Vaccination in the Punjab 1919-1929 - 1919-1929
Year: 1919
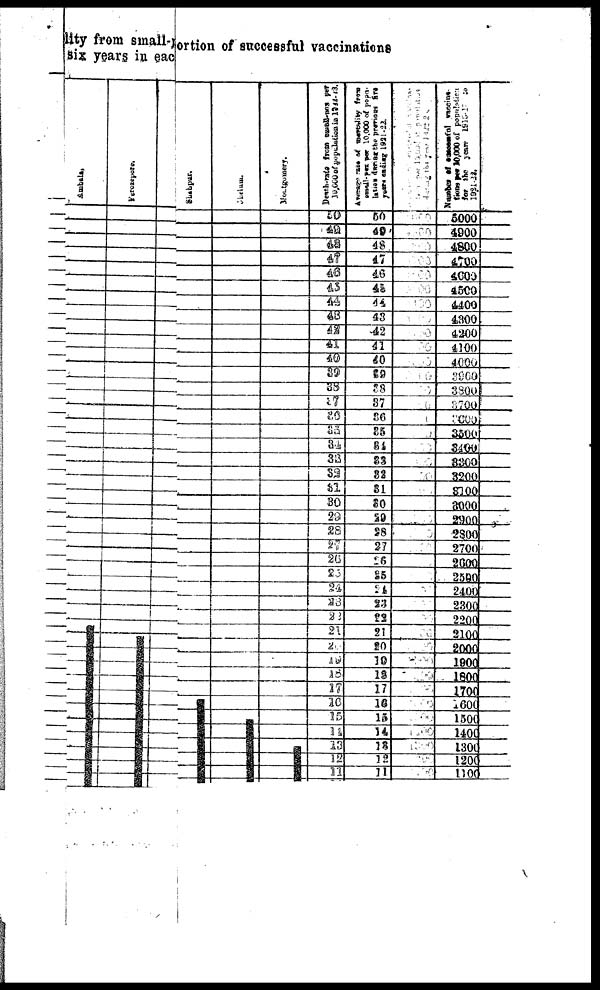
lity from small portion of successful vaccinations
six years in each